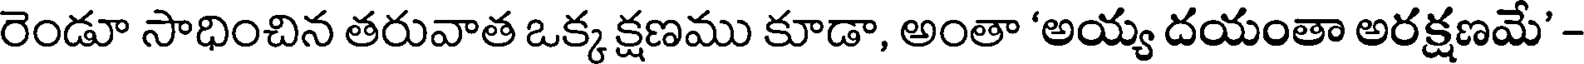
రెండూ సాధించిన తరువాత ఒక్క క్షణము కూడా, అంతా 'అయ్య దయంతా అరక్షణమే' -